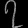
Digit: ၇